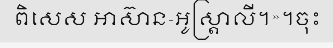
ពិសេស អាស៊ាន-អូស្ត្រាលី។»។ចុះ